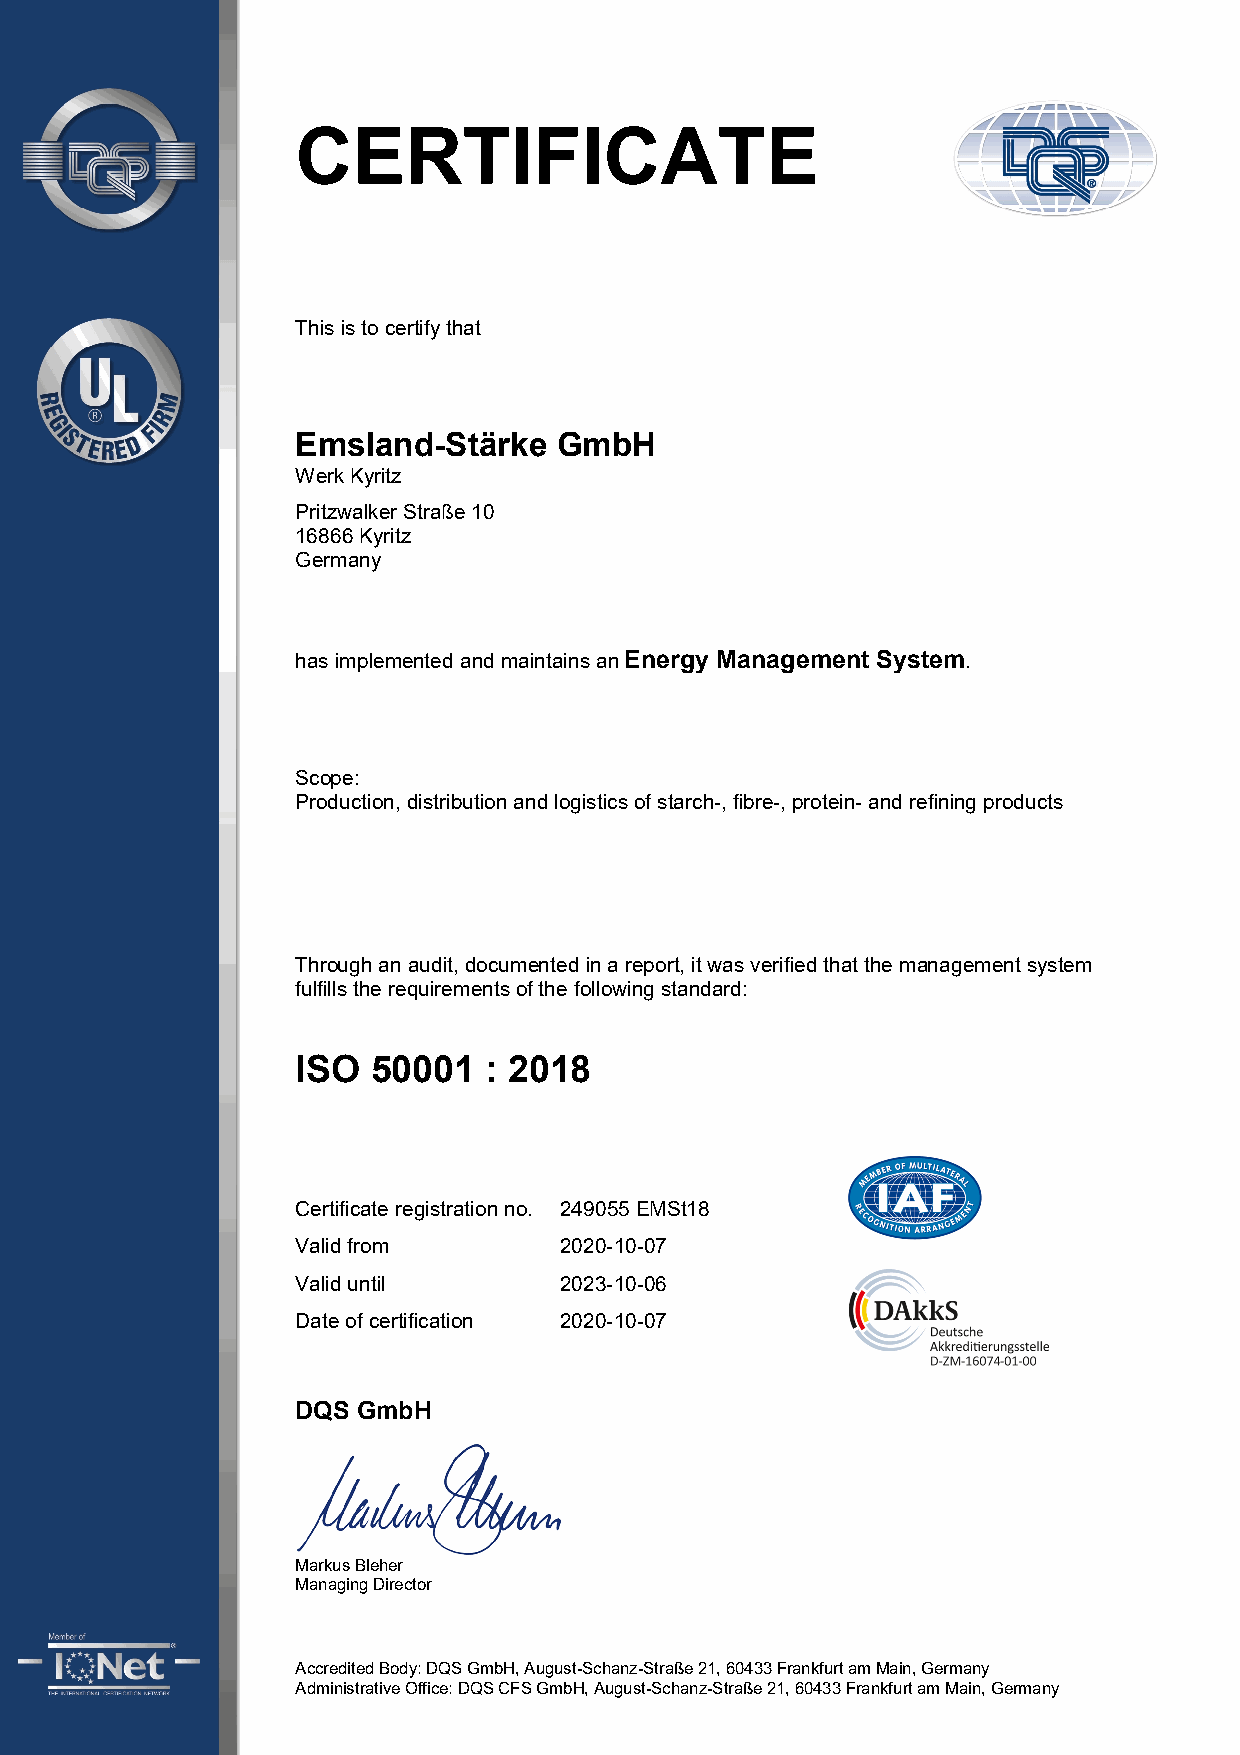
CERTIFICATE
 This is to certify that
 Emsland-Stärke   GmbH
 Werk Kyritz
 Pritzwalker Straße 10
 16866 Kyritz
 Germany
 has implemented and maintains an Energy Management System.
 Scope:
 Production, distribution and logistics of starch-, fibre-, protein- and refining products
 Through an audit, documented in a report, it was verified that the management system
 fulfills the requirements of the following standard:
 ISO  50001  : 2018
 Certificate registration no. 249055 EMSt18
 Valid from       2020-10-07
 Valid until      2023-10-06
 Date of certification 2020-10-07
 DQS GmbH
 Markus Bleher
 Managing Director
 Accredited Body: DQS GmbH, August-Schanz-Straße 21, 60433 Frankfurt am Main, Germany
 Administrative Office: DQS CFS GmbH, August-Schanz-Straße 21, 60433 Frankfurt am Main, Germany